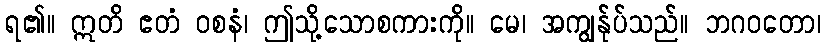
ရ၏။ ဣတိ ဧတံ ဝစနံ၊ ဤသို့သောစကားကို။ မေ၊ အကျွန်ုပ်သည်။ ဘဂဝတော၊